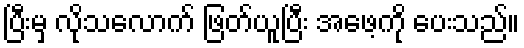
ပြီးမှ လိုသလောက် ဖြတ်ယူပြီး အဖေ့ကို ပေးသည်။